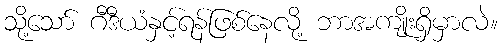
သို့သော် ဂီဒီယံနှင့်ရန်ဖြစ်နေလို့ ဘာအကျိုးရှိမှာလဲ။